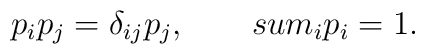
p_{i} p_{j} = \delta_{ij} p_{j},  \ \ \ \ \ \ \ \\sum_{i} p_{i} = 1.